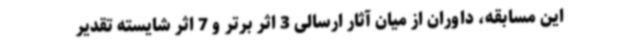
این مسابقه، داوران از میان آثار ارسالی 3 اثر برتر و 7 اثر شایسته تقدیر